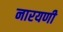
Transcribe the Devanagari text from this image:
नारयणी